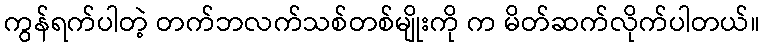
ကွန်ရက်ပါတဲ့ တက်ဘလက်သစ်တစ်မျိုးကို က မိတ်ဆက်လိုက်ပါတယ်။